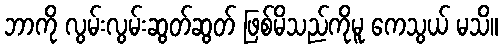
ဘာကို လွမ်းလွမ်းဆွတ်ဆွတ် ဖြစ်မိသည်ကိုမူ ကေသွယ် မသိ။